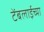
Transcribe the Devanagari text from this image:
टेंबलाईच्या